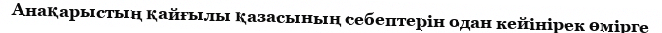
Анақарыстың қайғылы қазасының себептерін одан кейінірек өмірге